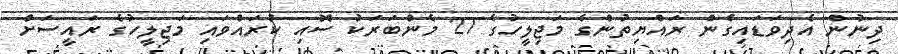
ދިނުން އެދިވަޑައިގެން ރައްޔިތުންގެ މަޖިލީހުގެ 27 މެންބަރަކު ސޮއި ކުރައްވައި މަޖިލީހުގެ ރައީސަށް